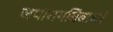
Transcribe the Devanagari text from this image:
जपारागबिंबाधरं